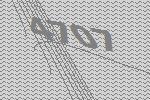
4707